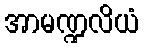
အာမဏ္ဍလိယံ